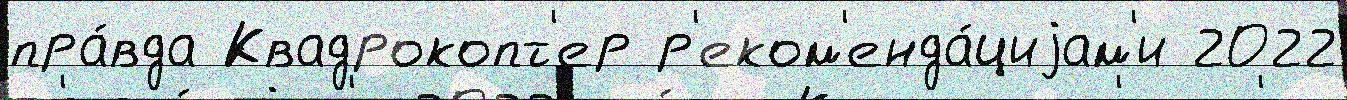
пра́вда Квадрокопт'ер р'еком'енда́циjам'и 2022